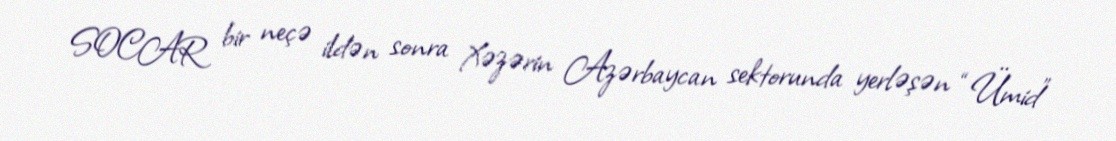
SOCAR bir neçə ildən sonra Xəzərin Azərbaycan sektorunda yerləşən “Ümid”